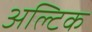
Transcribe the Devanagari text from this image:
अल्टिक